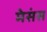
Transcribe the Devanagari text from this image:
मेसंस